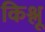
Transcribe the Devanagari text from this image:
किश्लू